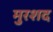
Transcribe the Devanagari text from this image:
मुरशद